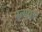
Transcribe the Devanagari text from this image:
मृत्युदा